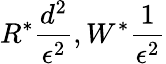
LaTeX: R^{*}\frac{d^{2}}{\epsilon^{2}},W^{*}\frac{1}{\epsilon^{2}}